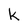
Character: k